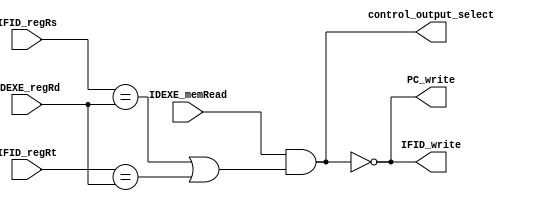
`timescale 1ns / 1ps
/***************************************************
Student Name: 
Student ID: 
***************************************************/

module Hazard_detection(
input [4:0] IFID_regRs,
input [4:0] IFID_regRt,
input [4:0] IDEXE_regRd,
input IDEXE_memRead,
output PC_write,
output IFID_write,
output control_output_select
);

    
assign control_output_select = IDEXE_memRead && (IFID_regRs == IDEXE_regRd || IFID_regRt == IDEXE_regRd);
assign PC_write = ~control_output_select;
assign IFID_write = ~control_output_select; 

    
endmodule